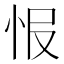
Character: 𢘎